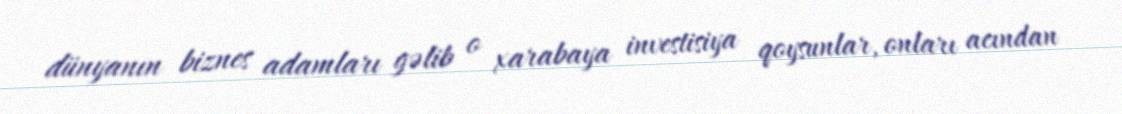
dünyanın biznes adamları gəlib o xarabaya investisiya qoysunlar, onları acından